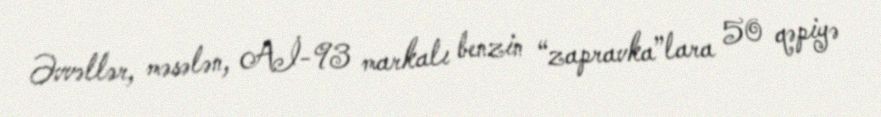
Əvvəllər, məsələn, Aİ-93 markalı benzin “zapravka”lara 50 qəpiyə